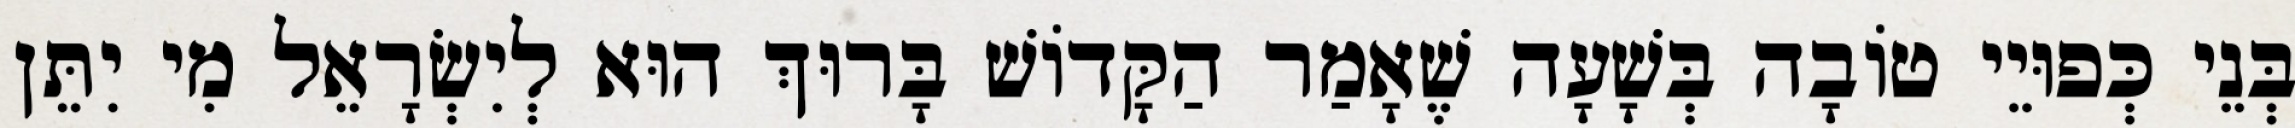
בְּנֵי כְּפוּיֵי טוֹבָה בְּשָׁעָה שֶׁאָמַר הַקָּדוֹשׁ בָּרוּךְ הוּא לְיִשְׂרָאֵל מִי יִתֵּן